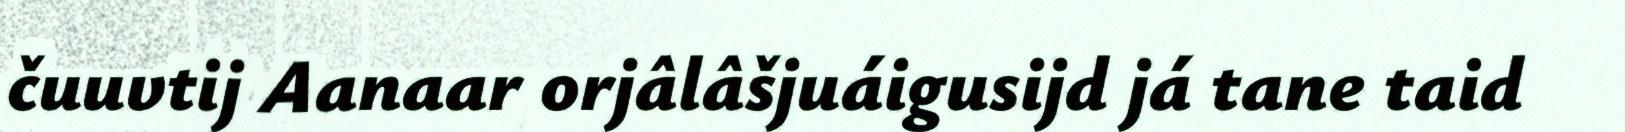
čuuvtij Aanaar orjâlâšjuáigusijd já tane taid